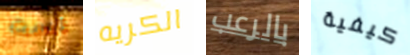
لست الكريه بالرعب كيفية